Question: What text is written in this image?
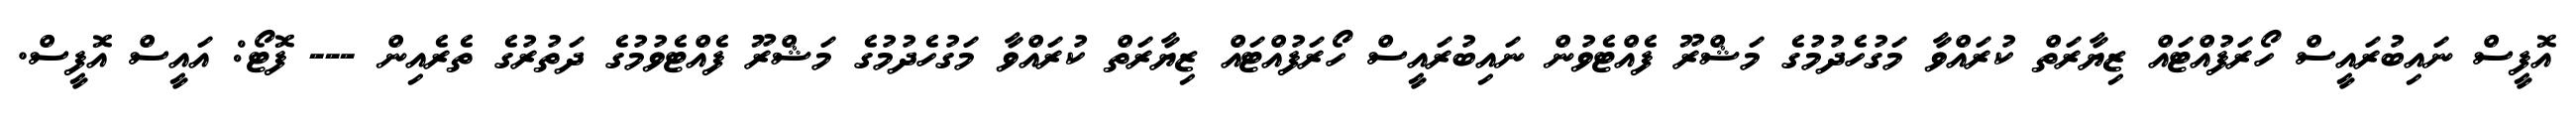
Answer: އޮފީސް ނައިބުރައީސް ހޯރަފުއްޓައް ޒިޔާރަތް ކުރައްވާ މަގުހެދުމުގެ މަޝްރޫ ފެއްޓެވުން ނައިބުރައީސް ހޯރަފުއްޓައް ޒިޔާރަތް ކުރައްވާ މަގުހެދުމުގެ މަޝްރޫ ފެއްޓެވުމުގެ ދަތުރުގެ ތެރެއިން --- ފޮޓޯ: އައީސް އޮފީސް.